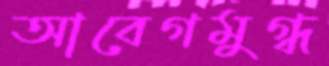
আবেগমুগ্ধ